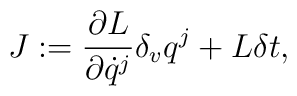
{J}:=\frac{\partial {L}} {\partial \dot q^j}\delta_v q^j+{L}\delta t,